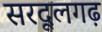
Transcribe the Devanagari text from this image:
सरदूलगढ़